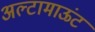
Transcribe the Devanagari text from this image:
अल्टामाऊंट